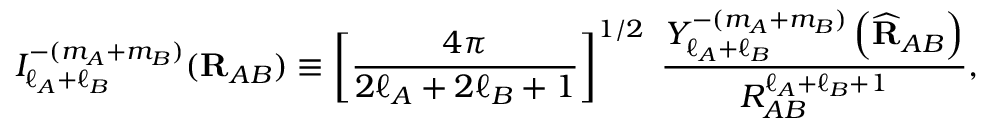
I _ { \ell _ { A } + \ell _ { B } } ^ { - ( m _ { A } + m _ { B } ) } ( \mathbf { R } _ { A B } ) \equiv \left[ { \frac { 4 \pi } { 2 \ell _ { A } + 2 \ell _ { B } + 1 } } \right] ^ { 1 / 2 } \; { \frac { Y _ { \ell _ { A } + \ell _ { B } } ^ { - ( m _ { A } + m _ { B } ) } \left( { \widehat { \mathbf { R } } } _ { A B } \right) } { R _ { A B } ^ { \ell _ { A } + \ell _ { B } + 1 } } } ,